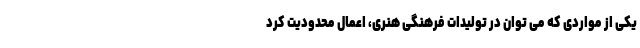
یکی از مواردی که می توان در تولیدات فرهنگی هنری، اعمال محدودیت کرد